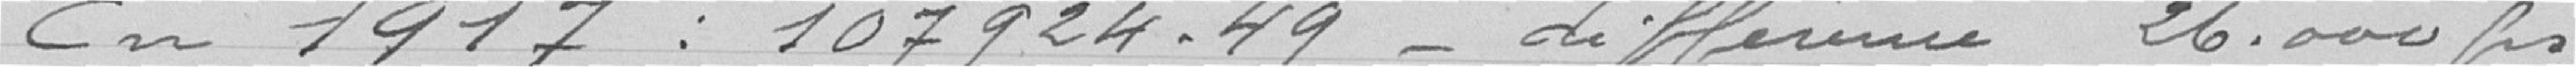
En 1917 : 107924,49 différence 26000 francs